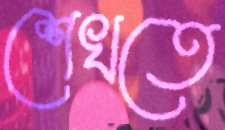
শেখতে